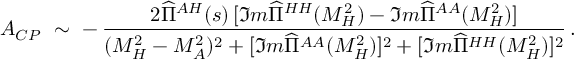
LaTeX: { \cal A } _ { C P } \ \sim \ - \, \frac { 2 \widehat { \Pi } ^ { A H } ( s ) \, [ \Im m \widehat { \Pi } ^ { H H } ( M _ { H } ^ { 2 } ) - \Im m \widehat { \Pi } ^ { A A } ( M _ { H } ^ { 2 } ) ] } { ( M _ { H } ^ { 2 } - M _ { A } ^ { 2 } ) ^ { 2 } + [ \Im m \widehat { \Pi } ^ { A A } ( M _ { H } ^ { 2 } ) ] ^ { 2 } + [ \Im m \widehat { \Pi } ^ { H H } ( M _ { H } ^ { 2 } ) ] ^ { 2 } } \, .